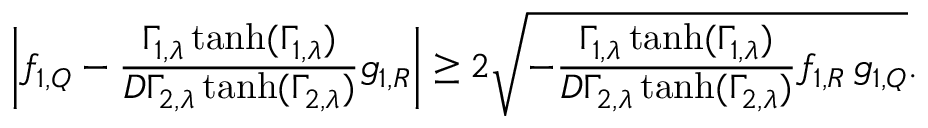
\left| f _ { 1 , Q } - \frac { \Gamma _ { 1 , \lambda } \operatorname { t a n h } ( \Gamma _ { 1 , \lambda } ) } { D \Gamma _ { 2 , \lambda } \operatorname { t a n h } ( \Gamma _ { 2 , \lambda } ) } g _ { 1 , R } \right| \geq 2 \sqrt { - \frac { \Gamma _ { 1 , \lambda } \operatorname { t a n h } ( \Gamma _ { 1 , \lambda } ) } { D \Gamma _ { 2 , \lambda } \operatorname { t a n h } ( \Gamma _ { 2 , \lambda } ) } f _ { 1 , R } \, g _ { 1 , Q } } .